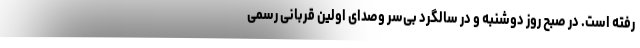
رفته است. در صبح روز دوشنبه و در سالگرد بی‌سر وصدای اولین قربانی رسمی